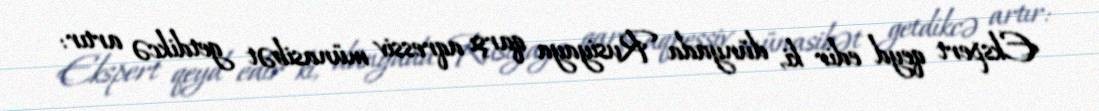
Ekspert qeyd edir ki, dünyada Rusiyaya qarşı aqressiv münasibət getdikcə artır: